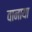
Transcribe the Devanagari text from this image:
वानाया